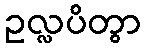
ဥလ္လပိတွာ